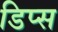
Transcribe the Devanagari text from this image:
डिप्स